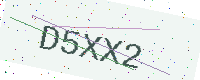
Text: D5XX2